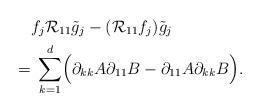
LaTeX: \begin{align*} & f_j \mathcal R_{11} \tilde g_j - (\mathcal R_{11} f_j) \tilde g_j \\ = & \; \sum_{k=1}^d \Bigl( \partial_{kk} A \partial_{11} B- \partial_{11} A \partial_{kk} B \Bigr). \end{align*}